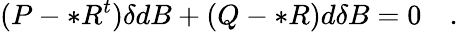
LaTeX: (P-*R^{t})\delta dB+(Q-*R)d\delta B=0\quad.